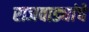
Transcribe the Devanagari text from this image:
राजवाड्यांचे